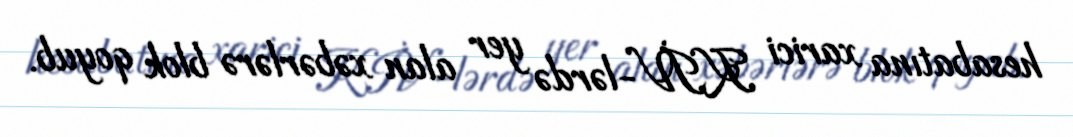
hesabatına xarici KİV-lərdə yer alan xəbərlərə blok qoyub.